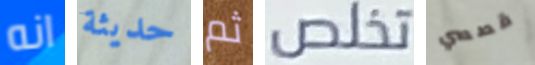
انه حديثة ثم تخلص قصصي